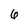
Character: 6